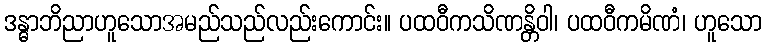
ဒန္ဓာဘိညာဟူသောအမည်သည်လည်းကောင်း။ ပထဝီကသိဏန္တိဝါ၊ ပထဝီကမိဏံ၊ ဟူသော